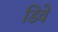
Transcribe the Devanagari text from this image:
डिवे